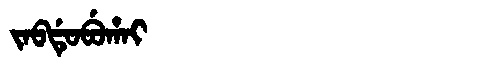
Manchu: ᠵᠠᠪᡩᡠᠪᡠᡥᠠᡳ
Romanization: JABDUBUHAI